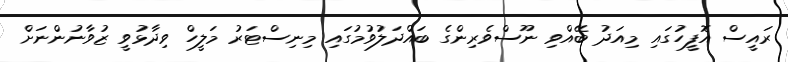
ރައީސް އޮފީހުގައި މިއަދު ބޭއްވި ނޫސްވެރިންގެ ބައްދަލުވުމުގައި މިނިސްޓަރު މަލީހް ވިދާޅުވީ ޒުވާނުންނަށް